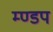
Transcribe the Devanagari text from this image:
म्ण्डप